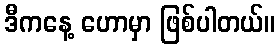
ဒီကနေ့ ဟောမှာ ဖြစ်ပါတယ်။